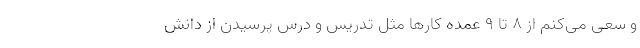
و سعی می‌کنم از ۸ تا ۹ عمده کارها مثل تدریس و درس پرسیدن از دانش